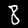
Digit: 8